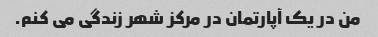
من در یک آپارتمان در مرکز شهر زندگی می کنم.